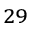
^ { 2 9 }